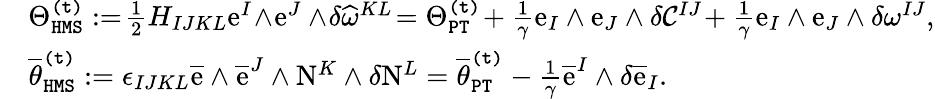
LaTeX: \begin{array}{rl}&{\Theta_{\mathtt{HMS}}^{\mathtt{(t)}}:=\! \frac{1}{2}H_{IJKL}\mathrm{e}^{I}\! \wedge\! \mathrm{e}^{J}\wedge\! \delta\widehat{\omega}^{KL}\! =\Theta_{\mathtt{PT}}^{\mathtt{(t)}}\! +\frac{1}{\gamma}\mathrm{e}_{I}\wedge\mathrm{e}_{J}\wedge\delta\mathcal{C}^{IJ}\! +\frac{1}{\gamma}\mathrm{e}_{I}\wedge\mathrm{e}_{J}\wedge\delta\omega^{IJ},}\\ &{\overline{{\theta}}_{\mathtt{HMS}}^{\mathtt{(t)}}:=\epsilon_{IJKL}\overline{{\mathrm{e}}}\wedge\overline{{\mathrm{e}}}^{J}\wedge\mathrm{N}^{K}\wedge\delta\mathrm{N}^{L}=\overline{{\theta}}_{\mathtt{PT}}^{\mathtt{(t)}}-\frac{1}{\gamma}\overline{{\mathrm{e}}}^{I}\wedge\delta\overline{{\mathrm{e}}}_{I}.}\end{array}